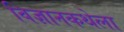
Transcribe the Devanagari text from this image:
विज्ञानकथेला